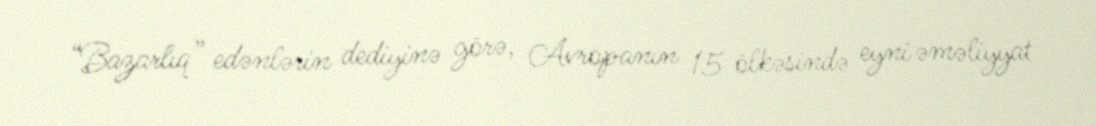
“Bazarlıq” edənlərin dediyinə görə, Avropanın 15 ölkəsində eyni əməliyyat